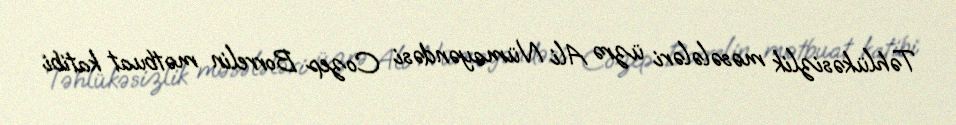
Təhlükəsizlik məsələləri üzrə Ali Nümayəndəsi Cozep Borrelin mətbuat katibi